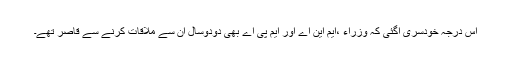
اس درجہ خودسری آگئی کہ وزراء ،ایم این اے اور ایم پی اے بھی دودوسال ان سے ملاقات کرنے سے قاصر تھے۔